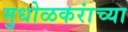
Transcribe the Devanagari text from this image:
मुधोळकरांच्या